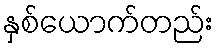
နှစ်ယောက်တည်း